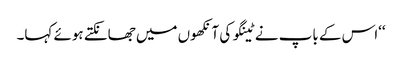
‘‘اس کے باپ نے ٹینگو کی آنکھوں میں جھانکتے ہوئے کہا۔